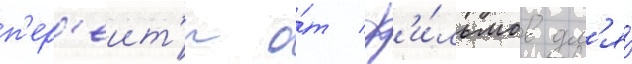
п'ер'еит'и о́т ф'и́льмов дл'я́